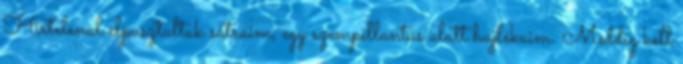
Hirtelenül elpusztultak sátraim, egy szempillantás alatt hajlékaim. Meddig kell